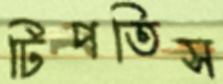
টিপতিস